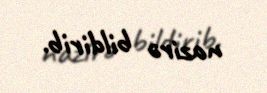
nazirə bildirib.